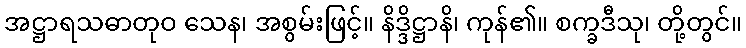
အဋ္ဌာရသဓာတုဝ သေန၊ အစွမ်းဖြင့်။ နိဒ္ဒိဋ္ဌာနိ၊ ကုန်၏။ စက္ခဒီသု၊ တို့တွင်။